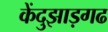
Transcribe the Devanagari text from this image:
केंदुझाड़गढ